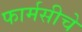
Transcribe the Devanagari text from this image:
फार्मसीचे